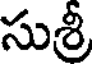
సుశ్రీ